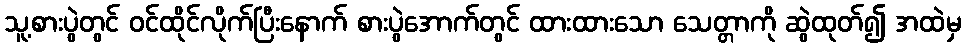
သူ့စားပွဲတွင် ဝင်ထိုင်လိုက်ပြီးနောက် စားပွဲအောက်တွင် ထားထားသော သေတ္တာကို ဆွဲထုတ်၍ အထဲမှ